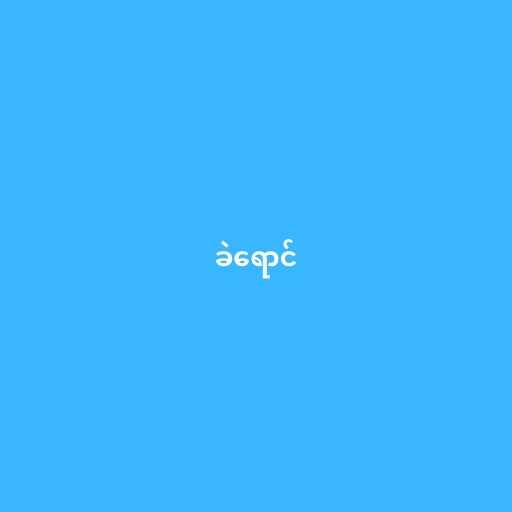
ခဲရောင်